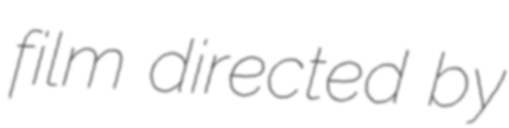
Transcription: film directed by